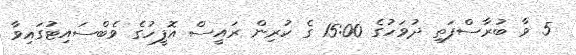
5 ވާ ބުރާސްފަތި ދުވަހުގެ 15:00 ގެ ކުރިން ރައީސް އޮފީހުގެ ވެބްސައިޓުގައިވާ